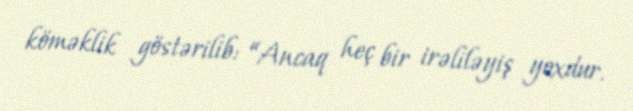
köməklik göstərilib: “Ancaq heç bir irəliləyiş yoxdur.